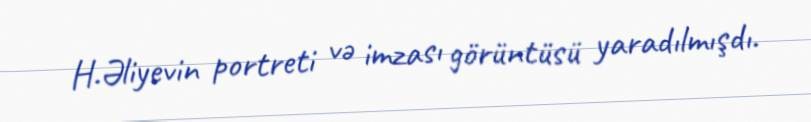
H.Əliyevin portreti və imzası görüntüsü yaradılmışdı.